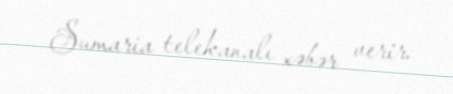
Sumaria telekanalı xəbər verir.